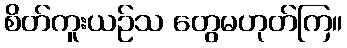
စိတ်ကူးယဉ်သ တွေမဟုတ်ကြ။